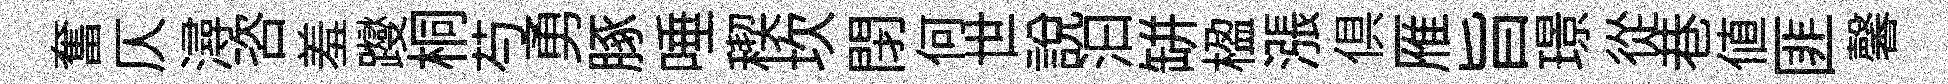
奮仄潯咨羞躞桐芍勇䐁唾稧坎閉何世說汩缾楹漲俱雁旨璟從巷値匪馨